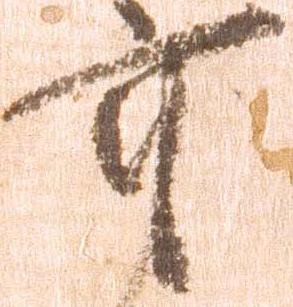
重